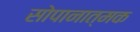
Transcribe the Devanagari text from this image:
सोपानात्मक